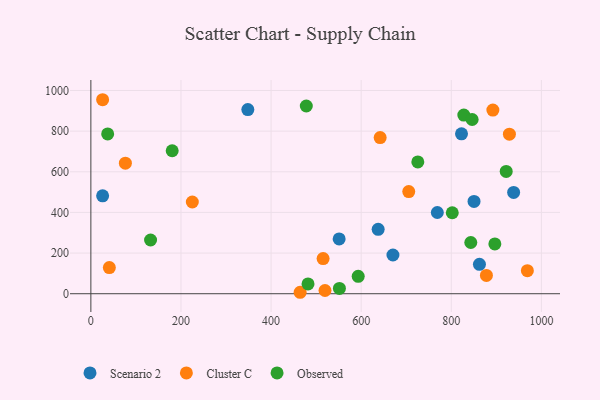
{"axis": {"x": "Ad Spend", "y": "Profit"}, "legend": ["Cluster C", "Observed", "Scenario 2"], "data": [{"x": "637.7", "y": 316.7, "type": "Scenario 2"}, {"x": "26.1", "y": 481.6, "type": "Scenario 2"}, {"x": "551.1", "y": 269.4, "type": "Scenario 2"}, {"x": "822.7", "y": 786.6, "type": "Scenario 2"}, {"x": "348.4", "y": 906.2, "type": "Scenario 2"}, {"x": "670.5", "y": 190.5, "type": "Scenario 2"}, {"x": "850.5", "y": 454.1, "type": "Scenario 2"}, {"x": "938.4", "y": 498.5, "type": "Scenario 2"}, {"x": "862.5", "y": 144.6, "type": "Scenario 2"}, {"x": "769.0", "y": 399.5, "type": "Scenario 2"}, {"x": "225.2", "y": 451.3, "type": "Cluster C"}, {"x": "878.0", "y": 90.2, "type": "Cluster C"}, {"x": "892.3", "y": 903.8, "type": "Cluster C"}, {"x": "968.9", "y": 113.3, "type": "Cluster C"}, {"x": "929.0", "y": 784.9, "type": "Cluster C"}, {"x": "515.5", "y": 173.0, "type": "Cluster C"}, {"x": "705.6", "y": 502.7, "type": "Cluster C"}, {"x": "642.1", "y": 768.4, "type": "Cluster C"}, {"x": "26.1", "y": 954.5, "type": "Cluster C"}, {"x": "41.0", "y": 128.5, "type": "Cluster C"}, {"x": "464.5", "y": 7.1, "type": "Cluster C"}, {"x": "76.6", "y": 642.2, "type": "Cluster C"}, {"x": "519.7", "y": 15.9, "type": "Cluster C"}, {"x": "478.2", "y": 923.7, "type": "Observed"}, {"x": "827.8", "y": 879.0, "type": "Observed"}, {"x": "725.7", "y": 648.5, "type": "Observed"}, {"x": "921.9", "y": 601.9, "type": "Observed"}, {"x": "843.3", "y": 252.1, "type": "Observed"}, {"x": "180.5", "y": 703.4, "type": "Observed"}, {"x": "37.3", "y": 786.0, "type": "Observed"}, {"x": "551.7", "y": 25.9, "type": "Observed"}, {"x": "593.4", "y": 85.4, "type": "Observed"}, {"x": "896.7", "y": 245.2, "type": "Observed"}, {"x": "482.0", "y": 48.0, "type": "Observed"}, {"x": "846.3", "y": 857.1, "type": "Observed"}, {"x": "132.5", "y": 264.3, "type": "Observed"}, {"x": "802.2", "y": 398.5, "type": "Observed"}]}